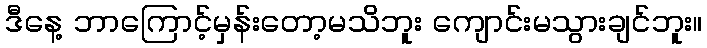
ဒီနေ့ ဘာကြောင့်မှန်းတော့မသိဘူး ကျောင်းမသွားချင်ဘူး။